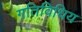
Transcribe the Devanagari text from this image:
गतिविधिय